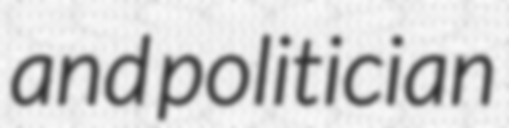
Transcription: and politician